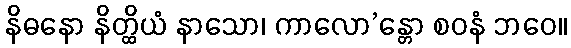
နိဓနော နိတ္ထိယံ နာသော၊ ကာလော’န္တော စဝနံ ဘဝေ။